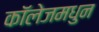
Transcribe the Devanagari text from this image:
कॉलेजमधुन